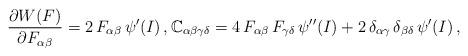
LaTeX: \begin{align*}\frac{\partial W(F)}{\partial F_{\alpha\beta}}=2\, F_{\alpha\beta}\, \psi^{\prime}(I)\,,\mathbb{C}_{\alpha\beta\gamma\delta} = 4\, F_{\alpha\beta}\, F_{\gamma\delta}\, \psi^{\prime\prime}(I)+2\, \delta_{\alpha\gamma}\,\delta_{\beta\delta} \,\psi^{\prime}(I)\,,\end{align*}